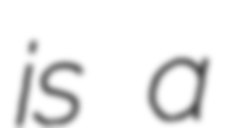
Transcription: is a